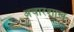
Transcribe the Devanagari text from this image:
अचारशास्त्र